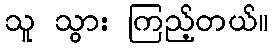
သူ သွား ကြည့်တယ်။